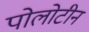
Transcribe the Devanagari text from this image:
पोलोटीन